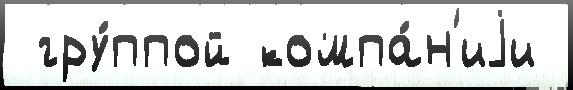
 гру́ппой компа́н'иjи